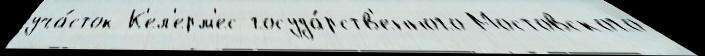
уча́сток К'ел'ерм'ес госуда́рств'енного Мостовского